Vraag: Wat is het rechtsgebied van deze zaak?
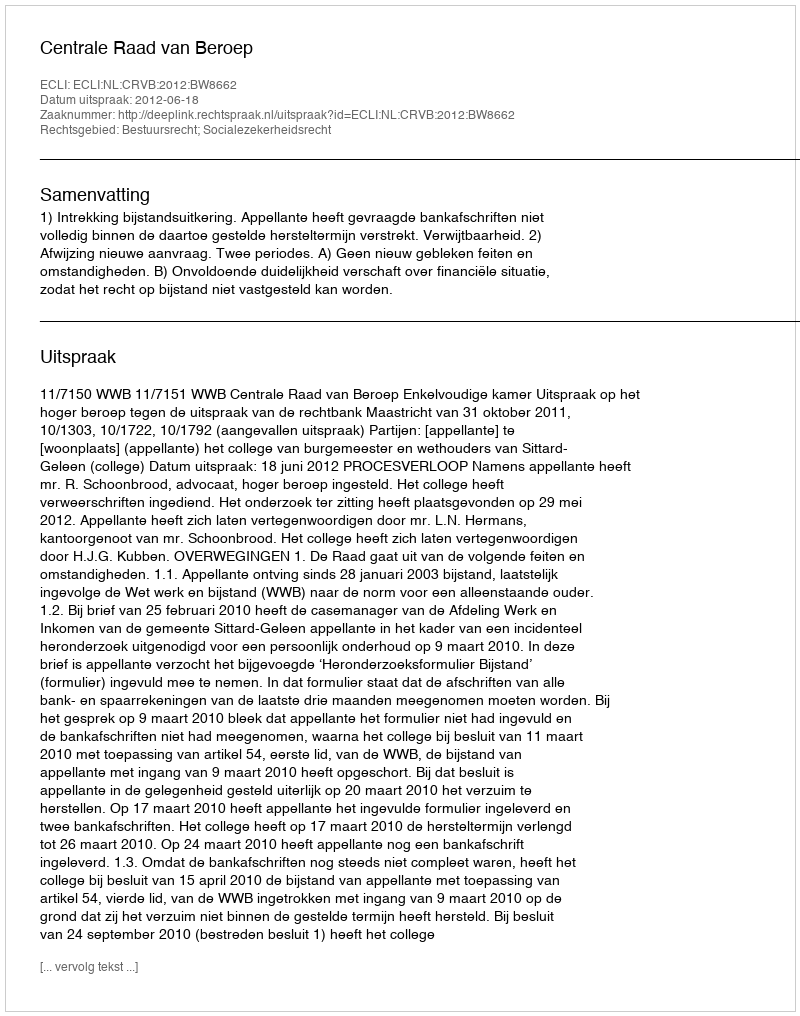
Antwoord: Bestuursrecht; Socialezekerheidsrecht